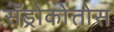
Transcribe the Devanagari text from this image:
सँड्रोकोत्तोस